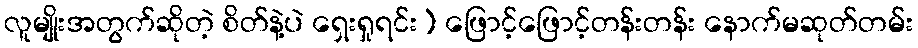
လူမျိုးအတွက်ဆိုတဲ့ စိတ်နဲ့ပဲ ရှေးရှုရင်း) ဖြောင့်ဖြောင့်တန်းတန်း နောက်မဆုတ်တမ်း